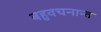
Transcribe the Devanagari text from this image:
बहुवचनान्त